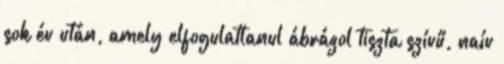
sok év után, amely elfogulatlanul ábrázol tiszta szívű, naív